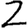
Digit: 2